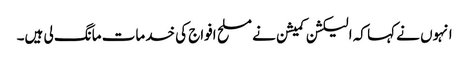
انہوں نے کہا کہ الیکشن کمیشن نے مسلح افواج کی خدمات مانگ لی ہیں۔